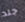
جلد